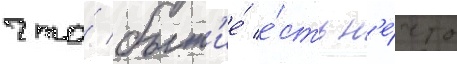
что́ быт'ие́ е́сть н'е́что